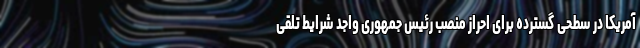
آمریکا در سطحی گسترده برای احراز منصب رئیس جمهوری واجد شرایط تلقی